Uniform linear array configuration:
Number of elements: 8
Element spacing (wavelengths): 0.25
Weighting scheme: uniform
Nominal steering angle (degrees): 0
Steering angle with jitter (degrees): -0.24
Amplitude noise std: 0.05
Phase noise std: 0.05

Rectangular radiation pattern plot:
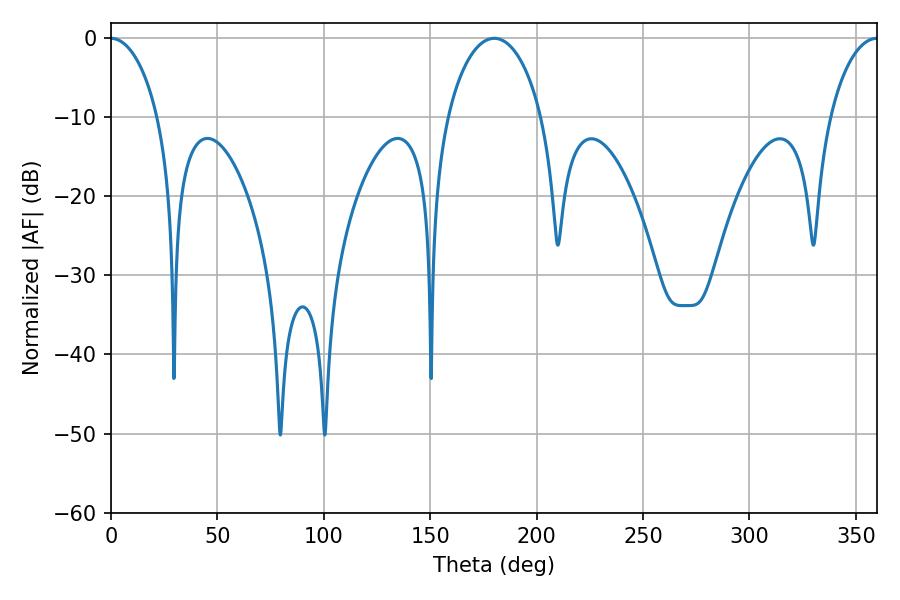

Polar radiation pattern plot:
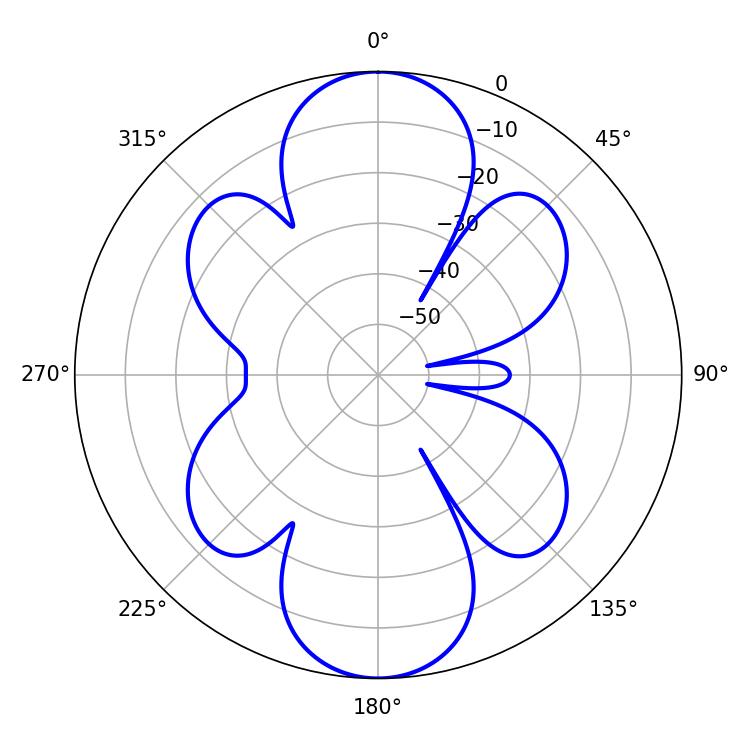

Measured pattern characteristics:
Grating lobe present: FALSE
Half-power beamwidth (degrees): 12.6
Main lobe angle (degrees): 0